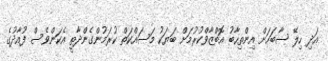
އަދި ހިލޭ ސާބަހަށް އިންތިހާބު އޮބްޒާވްކުރުމަށް ބަޔަކު މަސައްކަތް ކުރަމުންގެންދާތީ އެކަންވެސް ފުއާދުގެ